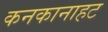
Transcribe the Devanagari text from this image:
कनकानाहट